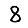
Digit: 8